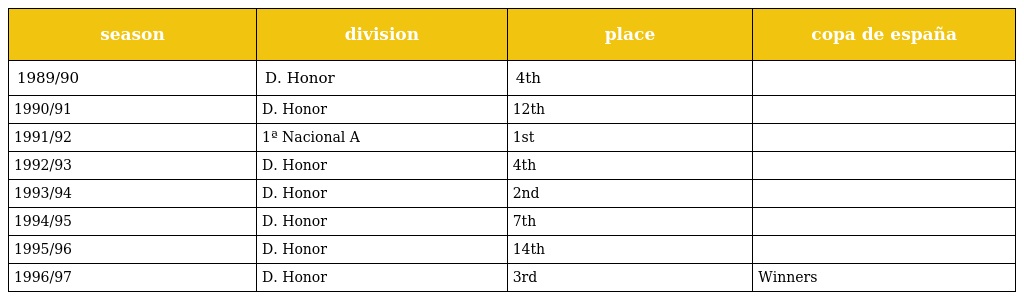
| season | division | place | copa de españa |
 | --- | --- | --- | --- |
 | 1989/90 | D. Honor | 4th |  |
 | 1990/91 | D. Honor | 12th |  |
 | 1991/92 | 1ª Nacional A | 1st |  |
 | 1992/93 | D. Honor | 4th |  |
 | 1993/94 | D. Honor | 2nd |  |
 | 1994/95 | D. Honor | 7th |  |
 | 1995/96 | D. Honor | 14th |  |
 | 1996/97 | D. Honor | 3rd | Winners |